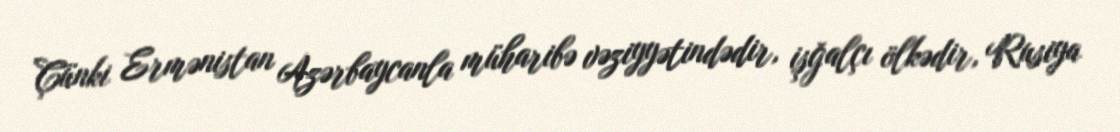
Çünki Ermənistan Azərbaycanla müharibə vəziyyətindədir, işğalçı ölkədir, Rusiya